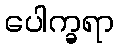
ပေါက္ခရာ